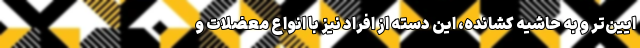
ایین‌تر و به حاشیه کشانده، این دسته از افراد نیز با انواع معضلات و